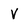
Character: V